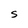
Character: s